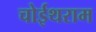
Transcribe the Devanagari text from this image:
चोईथराम